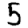
Digit: 5